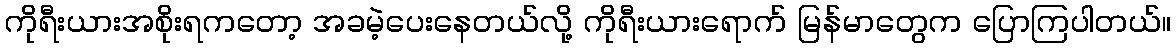
ကိုရီးယားအစိုးရကတော့ အခမဲ့ပေးနေတယ်လို့ ကိုရီးယားရောက် မြန်မာတွေက ပြောကြပါတယ်။